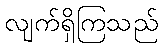
လျက်ရှိကြသည်